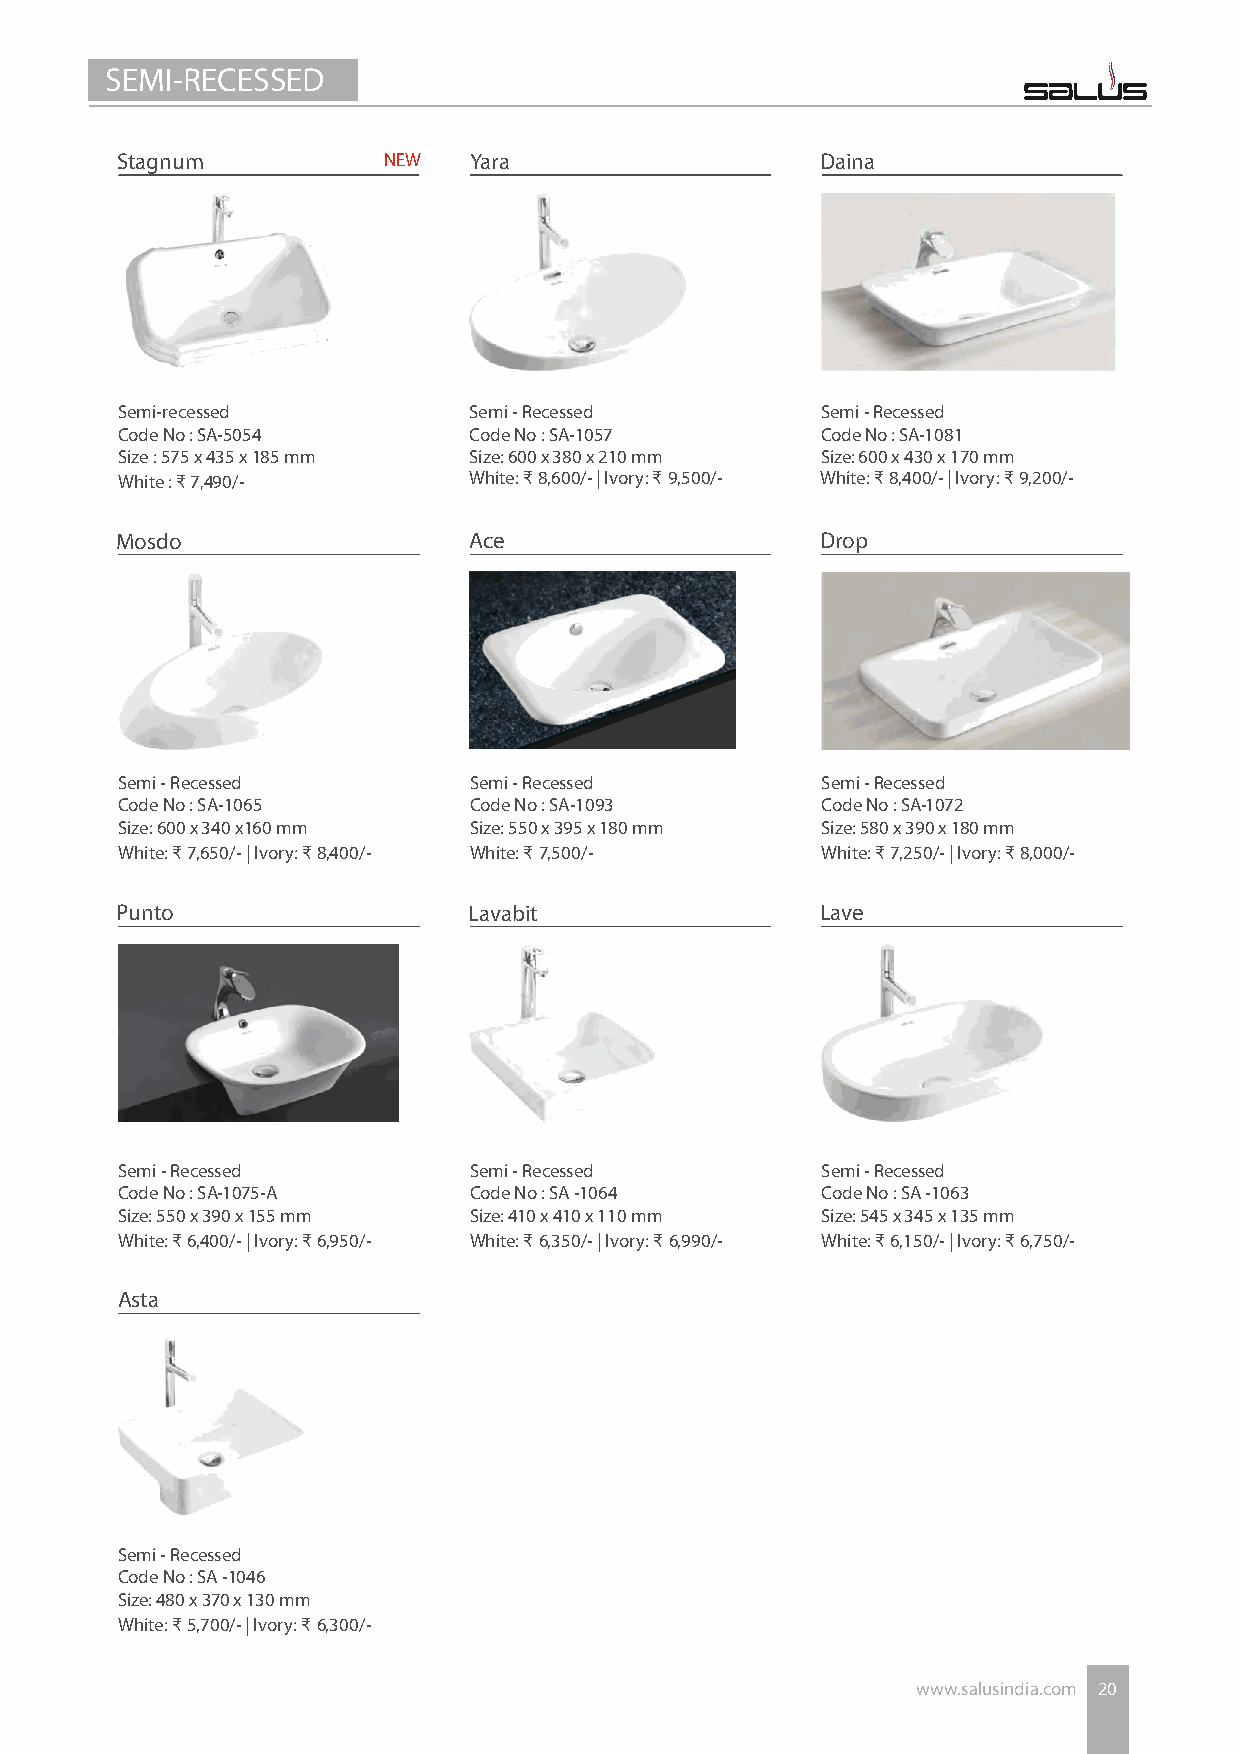
SEMI-RECESSED
 Stagnum          NEW   Yara                   Daina
 Semi-recessed          Semi - Recessed        Semi - Recessed
 Code No : SA-5054      Code No : SA-1057      Code No : SA-1081
 Size : 575 x 435 x 185 mm Size: 600 x 380 x 210 mm Size: 600 x 430 x 170 mm
 White : ₹ 7,490/-      White: ₹ 8,600/- | Ivory: ₹ 9,500/- White: ₹ 8,400/- | Ivory: ₹ 9,200/-
 Mosdo                  Ace                    Drop
 Semi - Recessed        Semi - Recessed        Semi - Recessed
 Code No : SA-1065      Code No : SA-1093      Code No : SA-1072
 Size: 600 x 340 x160 mm Size: 550 x 395 x 180 mm Size: 580 x 390 x 180 mm
 White: ₹ 7,650/- | Ivory: ₹ 8,400/- White: ₹ 7,500/- White: ₹ 7,250/- | Ivory: ₹ 8,000/-
 Punto                  Lavabit                Lave
 Semi - Recessed        Semi - Recessed        Semi - Recessed
 Code No : SA-1075-A    Code No : SA -1064     Code No : SA -1063
 Size: 550 x 390 x 155 mm Size: 410 x 410 x 110 mm Size: 545 x 345 x 135 mm
 White: ₹ 6,400/- | Ivory: ₹ 6,950/- White: ₹ 6,350/- | Ivory: ₹ 6,990/- White: ₹ 6,150/- | Ivory: ₹ 6,750/-
 Asta
 Semi - Recessed
 Code No : SA -1046
 Size: 480 x 370 x 130 mm
 White: ₹ 5,700/- | Ivory: ₹ 6,300/-
 www.salusindia.com 20